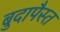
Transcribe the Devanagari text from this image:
बुदापैस्त